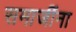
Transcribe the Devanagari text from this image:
समाजींना